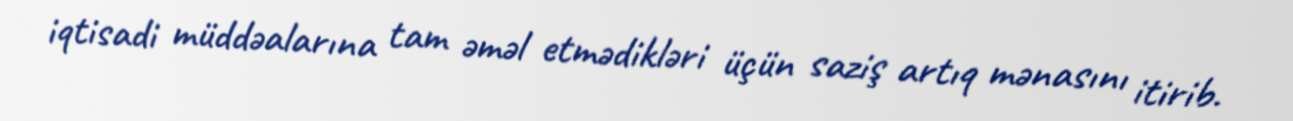
iqtisadi müddəalarına tam əməl etmədikləri üçün saziş artıq mənasını itirib.